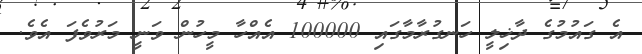
އެ ގައުމުގެ ދާޚިލީ ހަނގުރާމާގައި 100000 އެއްހާ މީހުން ވަނީ މަރުވެފަ އެވެ.